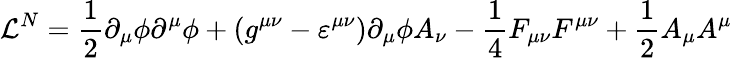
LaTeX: {\cal{L}}^{N}=\frac{1}{2}\partial_{\mu}\phi\partial^{\mu}\phi+(g^{\mu\nu}-\varepsilon^{\mu\nu})\partial_{\mu}\phi A_{\nu}-\frac{1}{4}F_{\mu\nu}F^{\mu\nu}+\frac{1}{2}A_{\mu}A^{\mu}